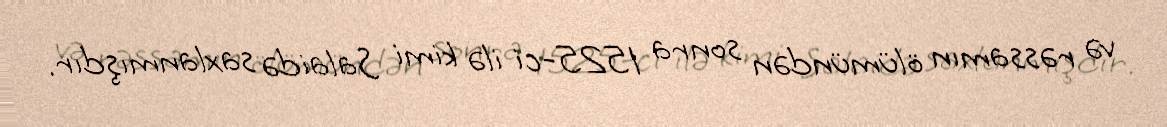
və rəssamın ölümündən sonra 1525-ci ilə kimi Salaidə saxlanmışdır.